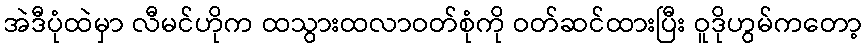
အဲဒီပုံထဲမှာ လီမင်ဟိုက ထသွားထလာဝတ်စုံကို ဝတ်ဆင်ထားပြီး ဝူဒိုဟွမ်ကတော့